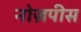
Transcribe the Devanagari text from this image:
नोज़पीस